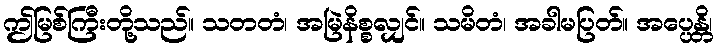
ဤမြစ်ကြီးတို့သည်။ သတတံ၊ အမြဲနိစ္စလျှင်။ သမိတံ၊ အခါမပြတ်။ အပ္ပေန္တိ၊